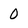
Character: 0